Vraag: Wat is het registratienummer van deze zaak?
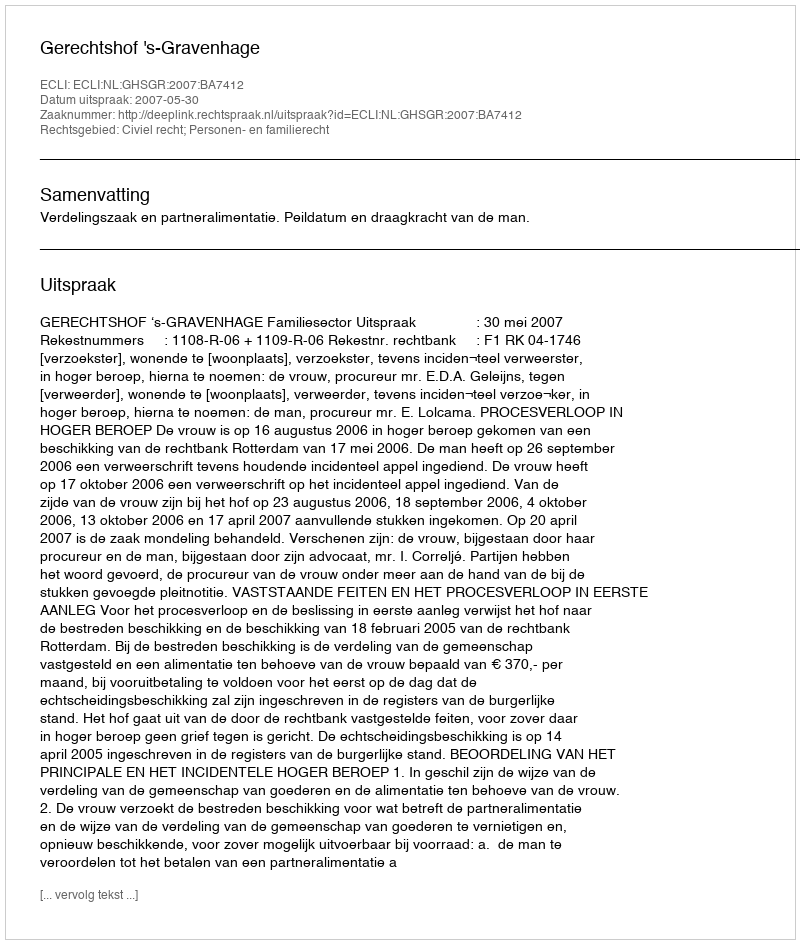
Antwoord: http://deeplink.rechtspraak.nl/uitspraak?id=ECLI:NL:GHSGR:2007:BA7412